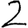
Digit: 2